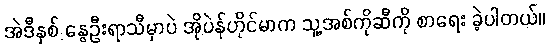
အဲဒီနှစ် နွေဦးရာသီမှာပဲ အိုပဲန်ဟိုင်မာက သူ့အစ်ကိုဆီကို စာရေး ခဲ့ပါတယ်။